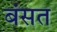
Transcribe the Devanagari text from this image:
बंसत